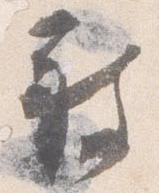
被